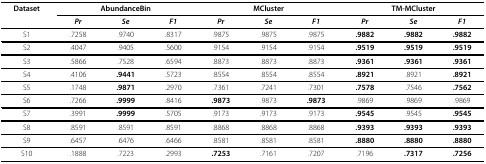
<table><thead><tr><td><b>Dataset</b></td><td colspan="3"><b>AbundanceBin</b></td><td colspan="3"><b>MCluster</b></td><td colspan="3"><b>TM-MCluster</b></td></tr><tr><td></td><td><b><i>Pr</i></b></td><td><b><i>Se</i></b></td><td><b><i>F1</i></b></td><td><b><i>Pr</i></b></td><td><b><i>Se</i></b></td><td><b><i>F1</i></b></td><td><b><i>Pr</i></b></td><td><b><i>Se</i></b></td><td><b><i>F1</i></b></td></tr></thead><tbody><tr><td>S1</td><td>.7258</td><td>.9740</td><td>.8317</td><td>.9875</td><td>.9875</td><td>.9875</td><td><b>.9882</b></td><td><b>.9882</b></td><td><b>.9882</b></td></tr><tr><td>S2</td><td>.4047</td><td>.9405</td><td>.5600</td><td>.9154</td><td>.9154</td><td>.9154</td><td><b>.9519</b></td><td><b>.9519</b></td><td><b>.9519</b></td></tr><tr><td>S3</td><td>.5866</td><td>.7528</td><td>.6594</td><td>.8873</td><td>.8873</td><td>.8873</td><td><b>.9361</b></td><td><b>.9361</b></td><td><b>.9361</b></td></tr><tr><td>S4</td><td>.4106</td><td><b>.9441</b></td><td>.5723</td><td>.8554</td><td>.8554</td><td>.8554</td><td><b>.8921</b></td><td>.8921</td><td><b>.8921</b></td></tr><tr><td>S5</td><td>.1748</td><td><b>.9871</b></td><td>.2970</td><td>.7361</td><td>.7241</td><td>.7301</td><td><b>.7578</b></td><td>.7546</td><td><b>.7562</b></td></tr><tr><td>S6</td><td>.7266</td><td><b>.9999</b></td><td>.8416</td><td><b>.9873</b></td><td>.9873</td><td><b>.9873</b></td><td>.9869</td><td>.9869</td><td>.9869</td></tr><tr><td>S7</td><td>.3991</td><td><b>.9999</b></td><td>.5705</td><td>.9173</td><td>.9173</td><td>.9173</td><td><b>.9545</b></td><td>.9545</td><td><b>.9545</b></td></tr><tr><td>S8</td><td>.8591</td><td>.8591</td><td>.8591</td><td>.8868</td><td>.8868</td><td>.8868</td><td><b>.9393</b></td><td><b>.9393</b></td><td><b>.9393</b></td></tr><tr><td>S9</td><td>.6457</td><td>.6476</td><td>.6466</td><td>.8581</td><td>.8581</td><td>.8581</td><td><b>.8880</b></td><td><b>.8880</b></td><td><b>.8880</b></td></tr><tr><td>S10</td><td>.1888</td><td>.7223</td><td>.2993</td><td><b>.7253</b></td><td>.7161</td><td>.7207</td><td>.7196</td><td><b>.7317</b></td><td><b>.7256</b></td></tr></tbody></table>